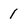
Character: 1